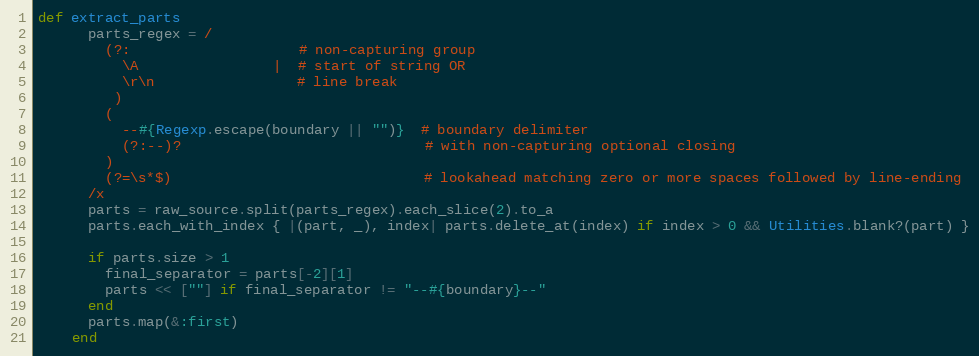
Language: Ruby
def extract_parts
      parts_regex = /
        (?:                    # non-capturing group
          \A                |  # start of string OR
          \r\n                 # line break
         )
        (
          --#{Regexp.escape(boundary || "")}  # boundary delimiter
          (?:--)?                             # with non-capturing optional closing
        )
        (?=\s*$)                              # lookahead matching zero or more spaces followed by line-ending
      /x
      parts = raw_source.split(parts_regex).each_slice(2).to_a
      parts.each_with_index { |(part, _), index| parts.delete_at(index) if index > 0 && Utilities.blank?(part) }

      if parts.size > 1
        final_separator = parts[-2][1]
        parts << [""] if final_separator != "--#{boundary}--"
      end
      parts.map(&:first)
    end